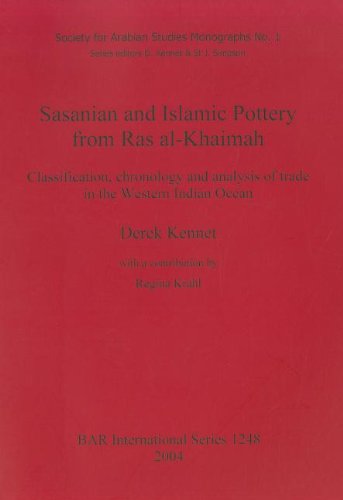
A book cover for Sasanian and Islamic Pottery from Ras al-Khaimah (Society for Arabian Studies Monographs) (Pt.1); Derek Kennet; History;